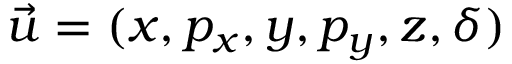
\vec { u } = ( x , p _ { x } , y , p _ { y } , z , \delta )